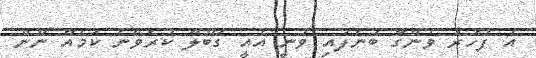
އެ ފަހަރު ވެންގާ ބުނެފައި ވަނީ އެއީ ގަބޫލް ކުރެވޭނެ ކަމެއް ނޫން